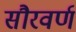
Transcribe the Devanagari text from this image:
सौरवर्ण